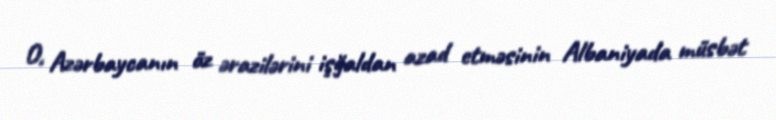
O, Azərbaycanın öz ərazilərini işğaldan azad etməsinin Albaniyada müsbət